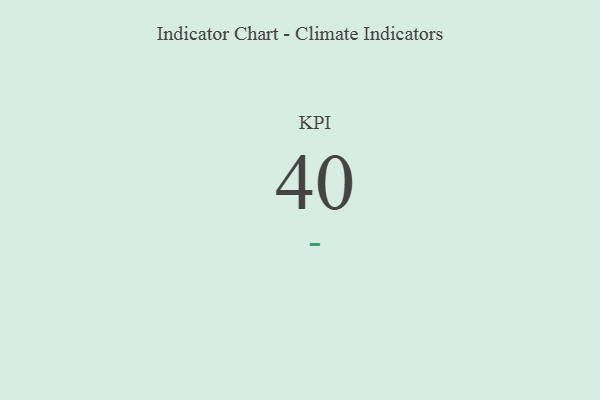
{"axis": {"x": "KPI", "y": "Value"}, "legend": [""], "data": [{"x": "KPI", "y": 40, "type": ""}]}